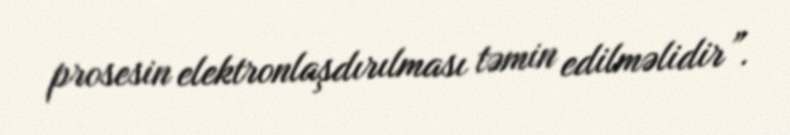
prosesin elektronlaşdırılması təmin edilməlidir”.